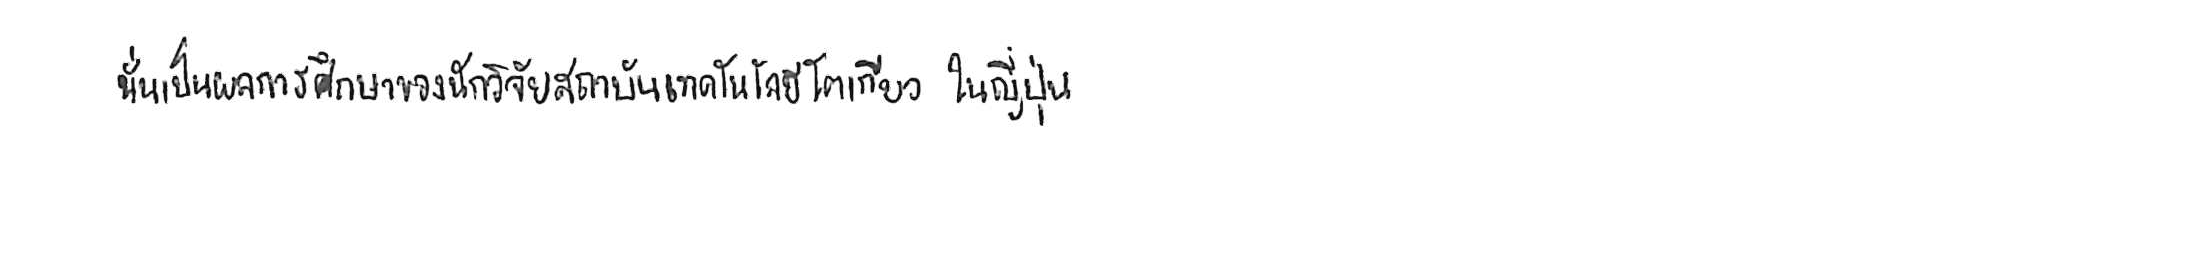
นั่นเป็นผลการศึกษาของนักวิจัยสถาบันเทคโนโลยีโตเกียว ในญี่ปุ่น